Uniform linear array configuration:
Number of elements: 32
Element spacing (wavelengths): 0.25
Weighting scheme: hamming
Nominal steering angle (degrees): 60
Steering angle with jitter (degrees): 58.617
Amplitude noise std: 0.05
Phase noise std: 0.05

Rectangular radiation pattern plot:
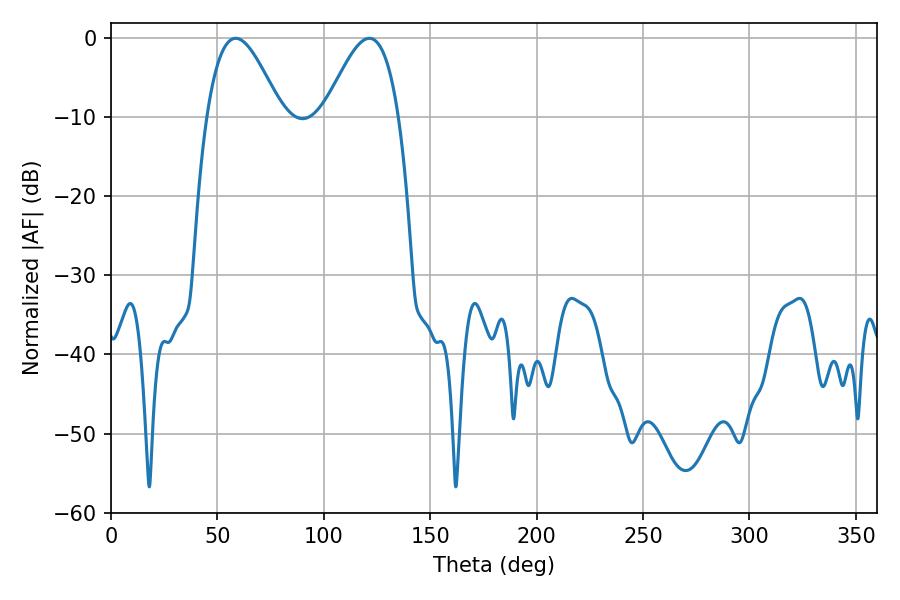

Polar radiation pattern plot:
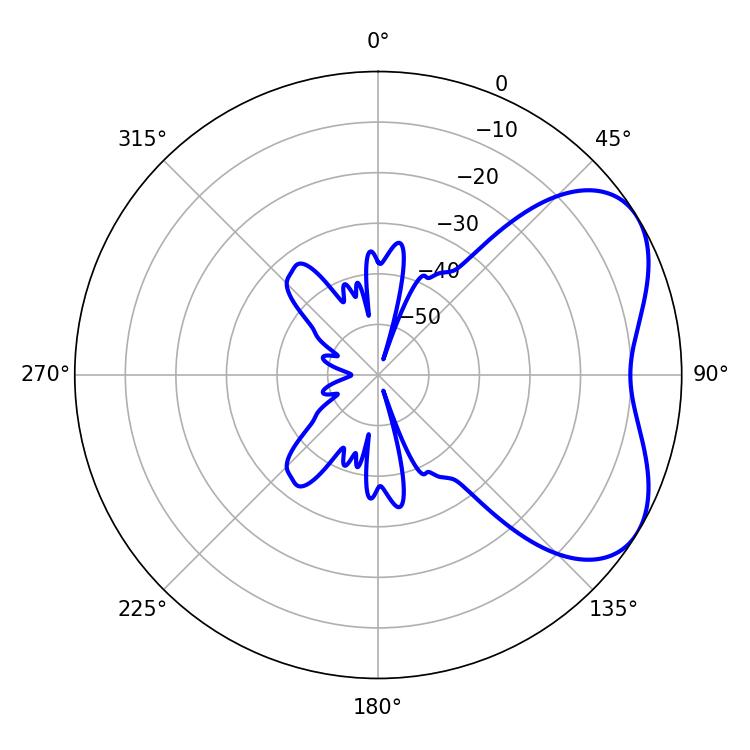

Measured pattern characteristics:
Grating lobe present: FALSE
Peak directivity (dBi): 4.899
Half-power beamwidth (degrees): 18.72
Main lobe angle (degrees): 58.68